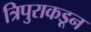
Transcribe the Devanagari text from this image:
त्रिपुराकडून